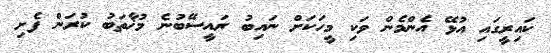
ކައިރީގައި އުޅޭ އެންމެން ވަކި މީހަކަށް ނައިބު ރައީސޭބުނެ މުޚާތަބު ކުރަން ފެށި